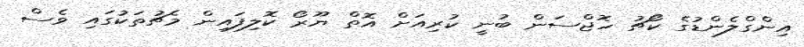
އިންގްލެންޑުގެ ކޯޗު ހޮޖްސަން ބުނީ ކުރިއަށް އޮތް ޔޫރޯ ކޮލިފައިން މެޗުތަކުގައި ވެސް